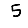
Digit: 5